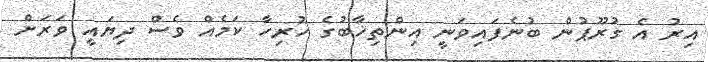
އިރު އެ ގުރޫޕުން ބުނެފައިވަނީ އިންތިޚާބުގެ ހުރިހާ ކަމެއް ވެސް ދިޔައީ ވަރަށް